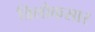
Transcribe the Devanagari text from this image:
त्रिलोकसार